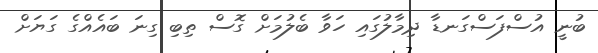
ބުނީ އުސްފަސްގަނޑާ ދިމާލުގައި ހަވާ ބެލުމަށް ގޮސް ތިބި ގިނަ ބައެއްގެ ގަޔަށް